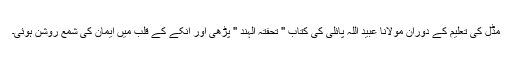
مڈل کی تعلیم کے دوران مولانا عبید اللہ پائلی کی کتاب " تحفتہ الہند " پڑھی اور انکے کے قلب میں ایمان کی شمع روشن ہوئی۔